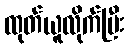
ထုတ်ယူလိုက်ပြီး